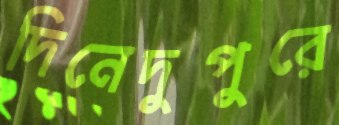
দিনেদুপুরে